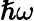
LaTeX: \hslash\omega